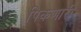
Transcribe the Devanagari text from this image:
पिकणारी